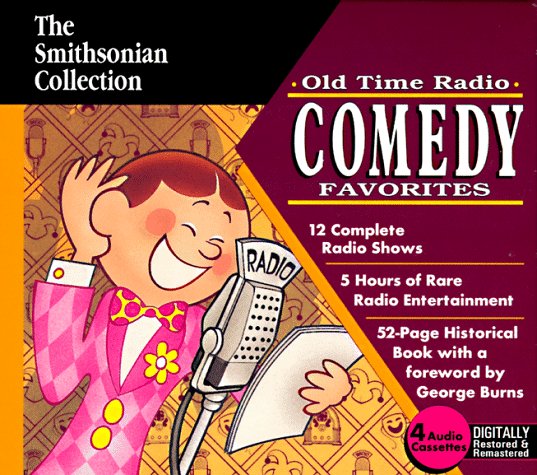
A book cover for Comedy Favorites; Humor & Entertainment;